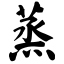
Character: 蒸